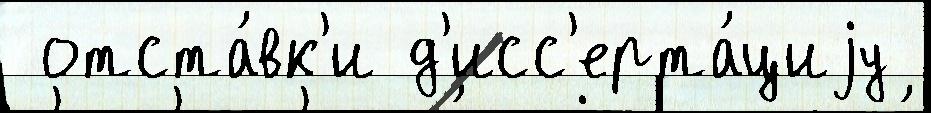
 отста́вк'и д'исс'ерта́циjу